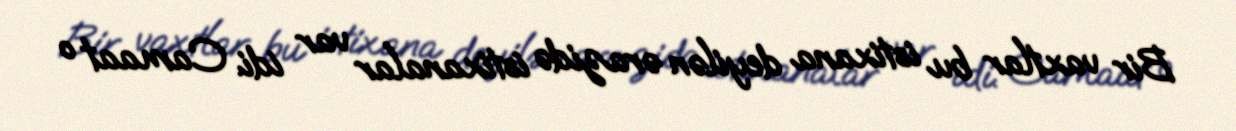
Bir vaxtlar bu istixana deyilən ərazidə istixanalar var idi. Camaat o